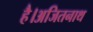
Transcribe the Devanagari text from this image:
है।अजितनाथ